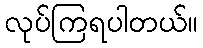
လုပ်ကြရပါတယ်။